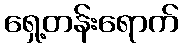
ရှေ့တန်းရောက်